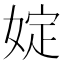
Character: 婝